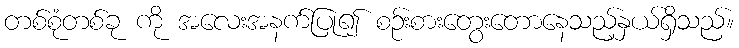
တစ်စုံတစ်ခု ကို အလေးအနက်ပြု၍ စဉ်းစားတွေးတောနေသည့်နှယ်ရှိသည်။